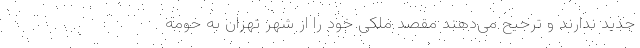
جدید ندارند و ترجیح می‌‌دهند مقصد ملکی خود را از شهر تهران به حومه